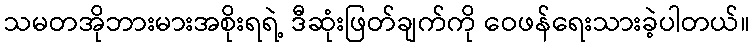
သမတအိုဘားမားအစိုးရရဲ့ ဒီဆုံးဖြတ်ချက်ကို ဝေဖန်ရေးသားခဲ့ပါတယ်။